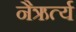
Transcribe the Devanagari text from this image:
नैऋर्त्य